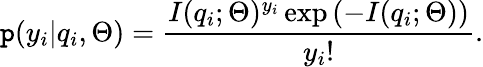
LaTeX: \mathtt{p}(y_{i}|q_{i},\Theta)=\frac{{I(q_{i};\Theta)^{y_{i}}\exp\left(-I(q_{i};\Theta)\right)}}{{y_{i}!}}.